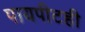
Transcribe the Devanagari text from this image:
पायपीटही